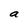
Character: a